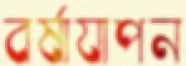
বর্ষাযাপন